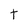
Character: t